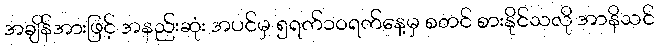
အချိန်အားဖြင့် အနည်းဆုံး အပင်မှ ၅ရက်၁၀ရက်နေ့မှ စတင် စားနိုင်သလို အာနိသင်